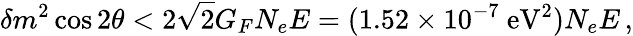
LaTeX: \delta m^{2}\cos 2\theta<2\sqrt 2G_{F}N_{e}E=(1.52\times 10^{-7}\mathrm{~eV}^{2})N_{e}E\, ,